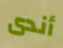
أندى